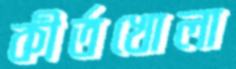
কীর্তখোলা